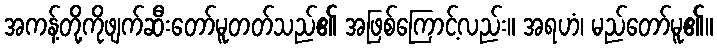
အကန့်တို့ကိုဖျက်ဆီးတော်မူတတ်သည်၏ အဖြစ်ကြောင့်လည်း။ အရဟံ၊ မည်တော်မူ၏။